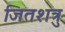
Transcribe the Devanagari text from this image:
जितशत्रु